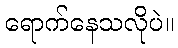
ရောက်နေသလိုပဲ။